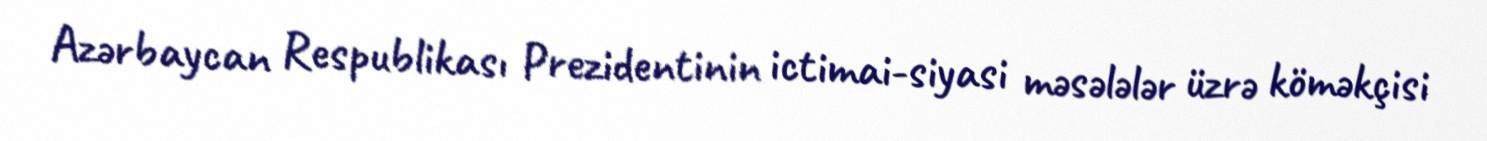
Azərbaycan Respublikası Prezidentinin ictimai-siyasi məsələlər üzrə köməkçisi